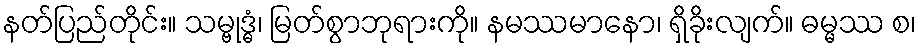
နတ်ပြည်တိုင်း။ သမ္ဗုဒ္ဓံ၊ မြတ်စွာဘုရားကို။ နမဿမာနော၊ ရှိခိုးလျက်။ ဓမ္မဿ စ၊